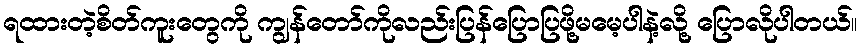
ရထားတဲ့စိတ်ကူးတွေကို ကျွန်တော်ကိုလည်းပြန်ပြောပြဖို့မမေ့ပါနဲ့လို့ ပြောလိုပါတယ်။